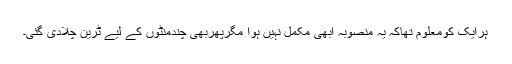
ہرایک کومعلوم تھاکہ یہ منصوبہ ابھی مکمل نہیں ہوا مگرپھربھی چندمنٹوں کے لیے ٹرین چلادی گئی۔